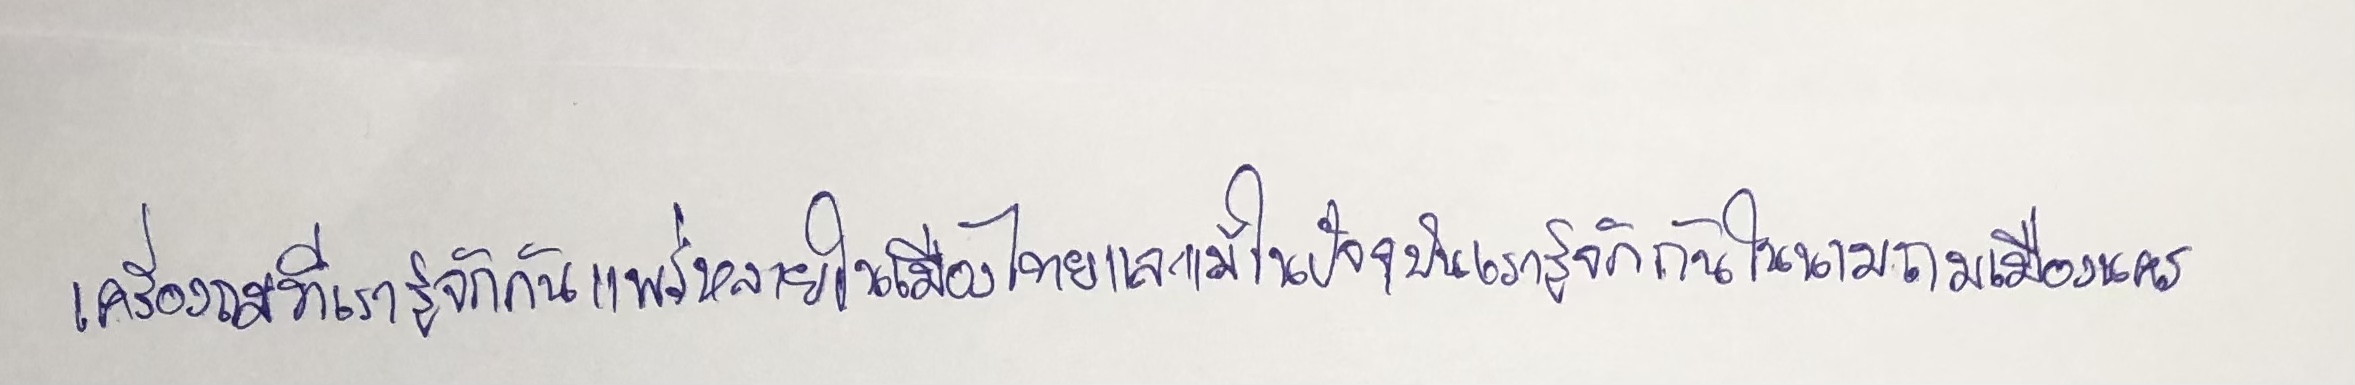
เครื่องถมที่เรารู้จักกันแพร่หลายในเมืองไทยและแม้ในปัจจุบันเรารู้จักกันในนามถมเมืองนคร